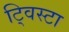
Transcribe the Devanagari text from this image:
ट्विस्टा